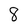
Character: 8